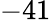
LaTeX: -41